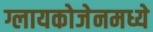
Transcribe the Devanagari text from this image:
ग्लायकोजेनमध्ये